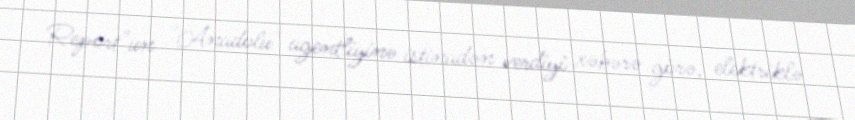
Report"un "Anadolu" agentliyinə istinadən verdiyi xəbərə görə, elektriklə